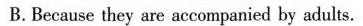
B.Because they are accompanied by adults.